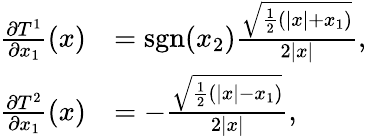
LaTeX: \begin{array}{rl}{\frac{\partial T^{1}}{\partial x_{1}}(x)}&{=\textrm{sgn}(x_{2})\frac{\sqrt{\frac{1}{2}\left(|x|+x_{1}\right)}}{2|x|},}\\ {\frac{\partial T^{2}}{\partial x_{1}}(x)}&{=-\frac{\sqrt{\frac{1}{2}\left(|x|-x_{1}\right)}}{2|x|},}\end{array}